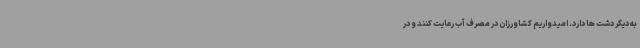
به دیگر دشت ها دارد. امیدواریم کشاورزان در مصرف آب رعایت کنند و در